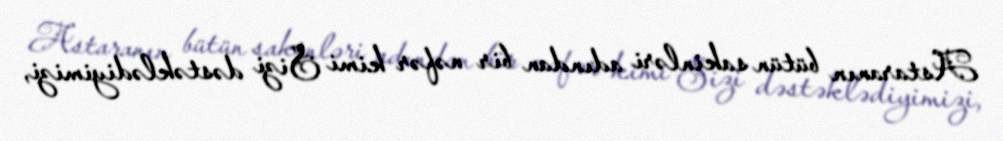
Astaranın bütün sakinləri adından bir nəfər kimi Sizi dəstəklədiyimizi,